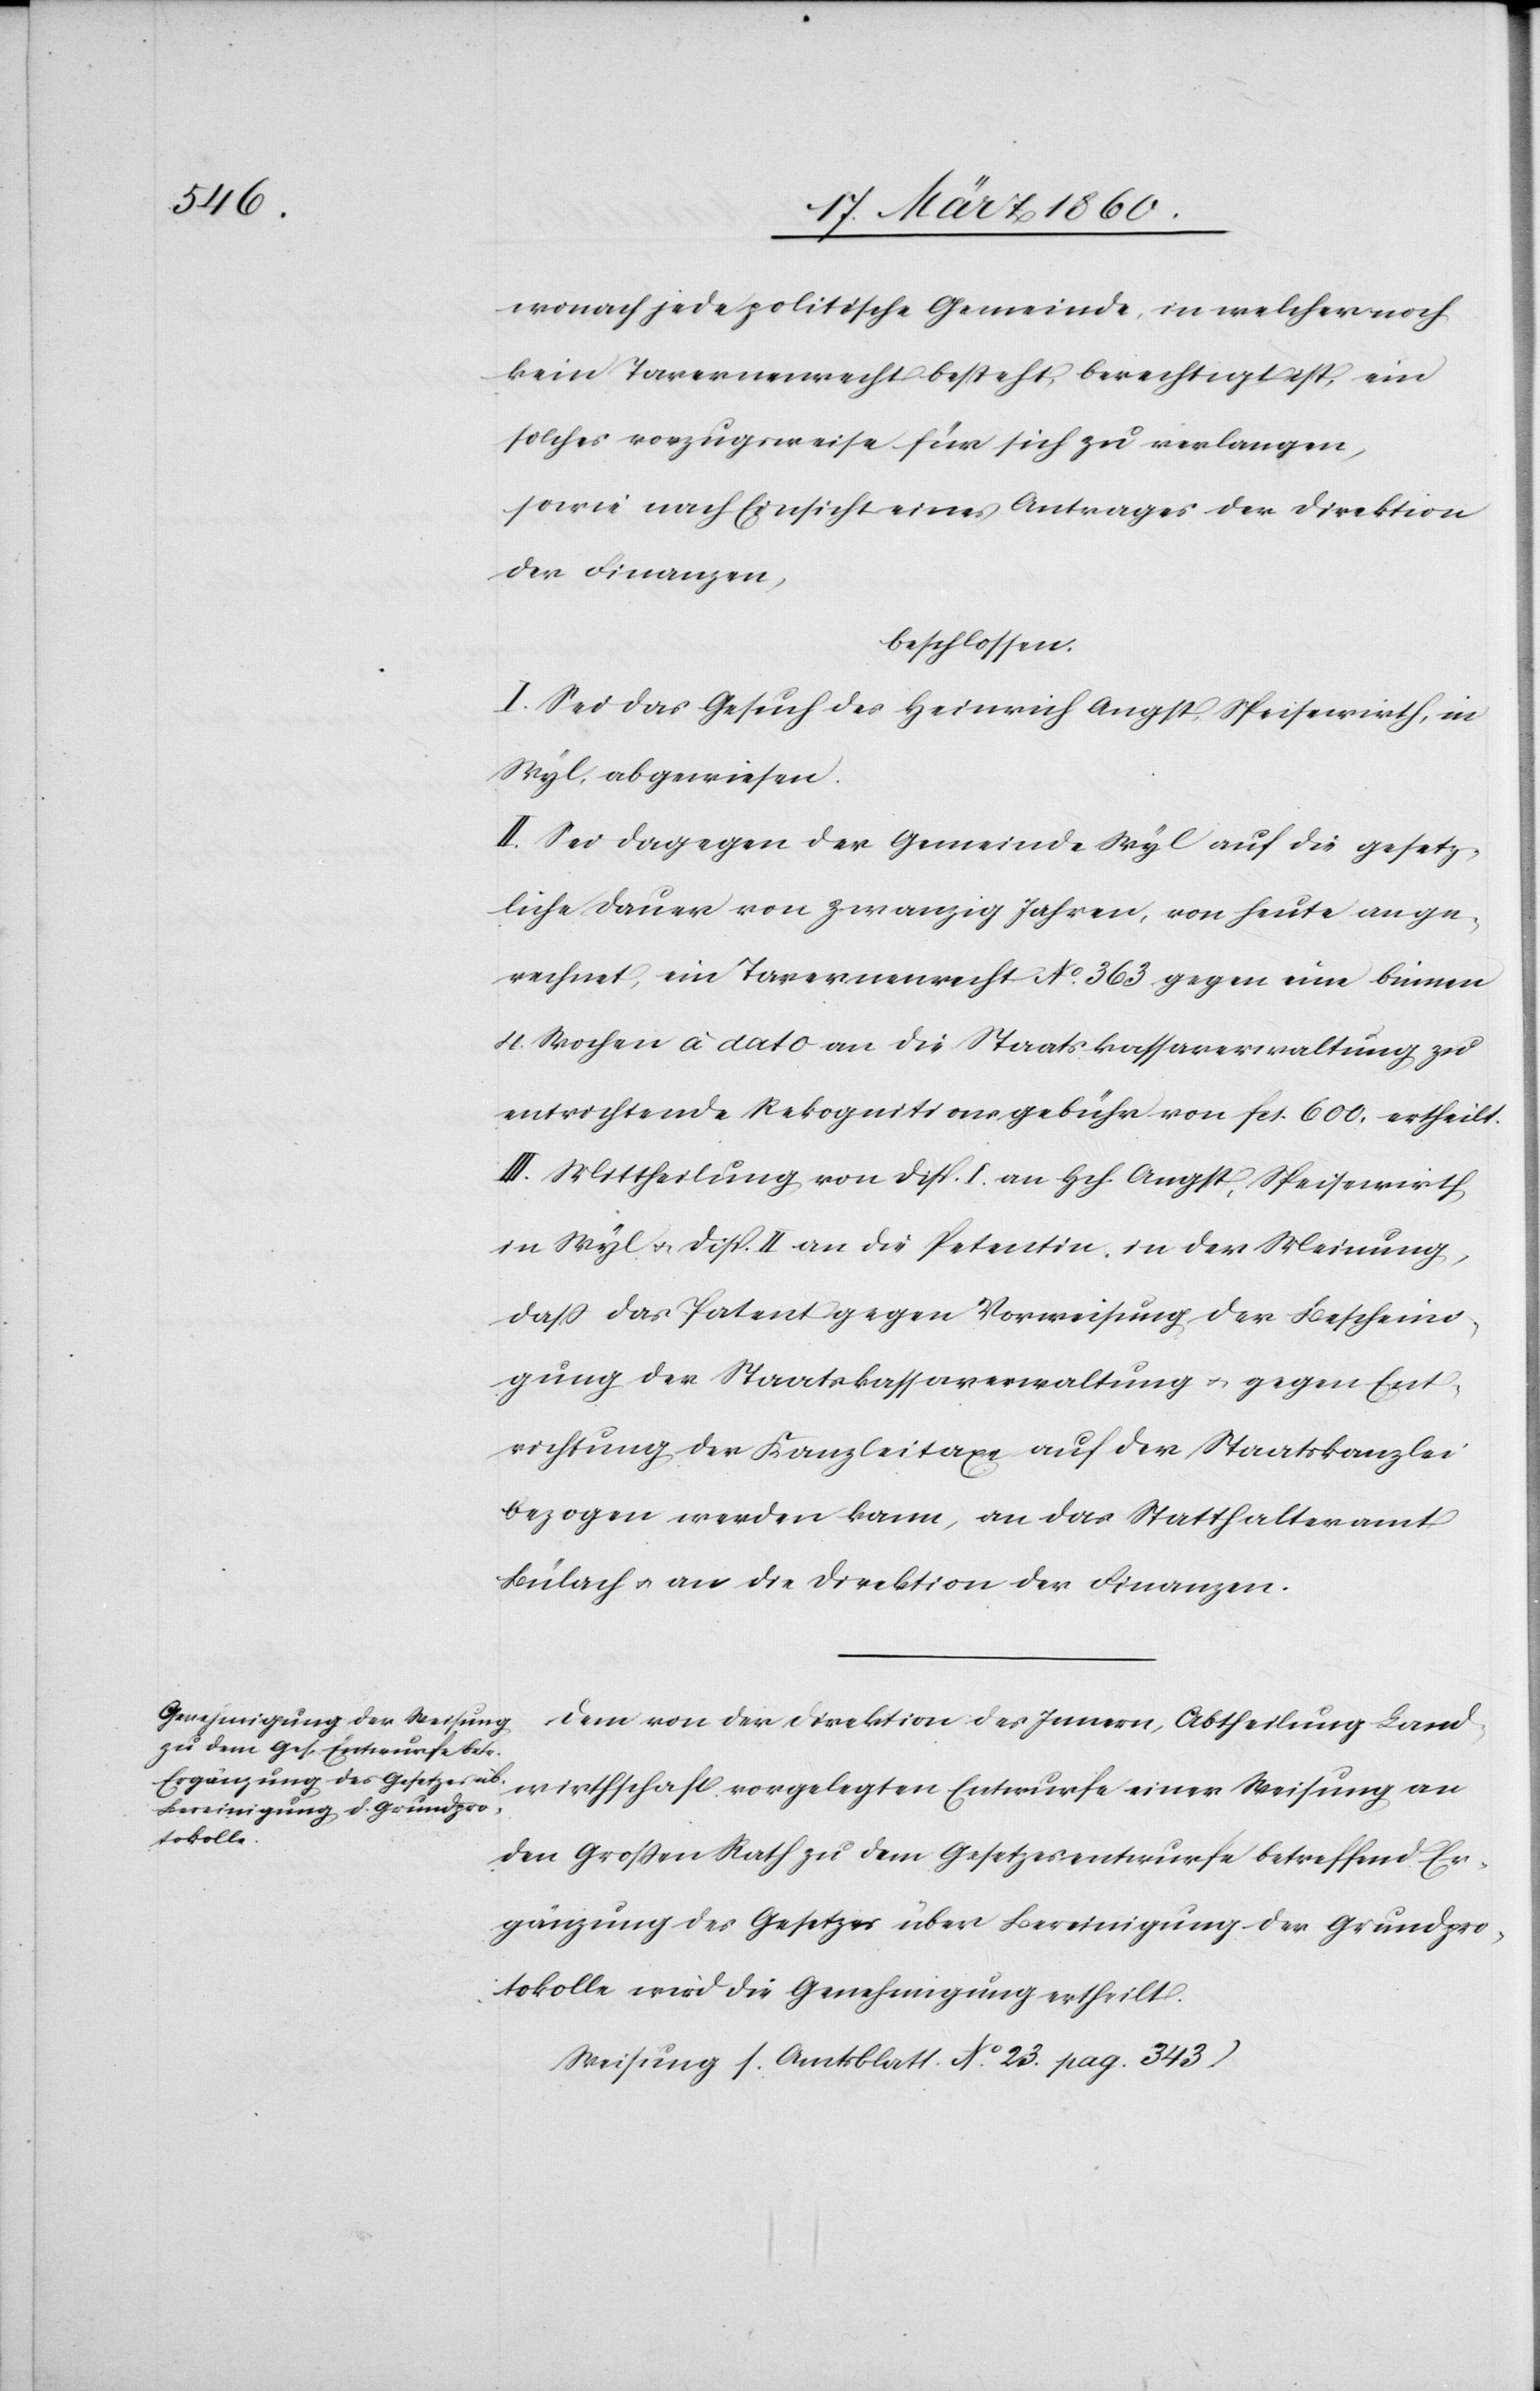
wonach jede politische Gemeinde, in welcher noch
kein Tavernenrecht besteht, berechtigt ist, ein
solches vorzugsweise für sich zu verlangen,
sowie nach Einsichte eines Antrages der Direktion
der Finanzen,
beschlossen:
I. Sei das Gesuch des Heinrich Angst, Speisewirth, in
Wyl, abgewiesen.
II. Sei dagegen der Gemeinde Wyl auf die gesetz¬
liche Dauer von Zwanzig Jahren, von heute an ge¬
rechnet, ein Tavernenrecht No 363 gegen eine binnen
4 Wochen à dato an die Staatskassaverwaltung zu
entrichtende Rekognitionsgebühr von fcs. 600. ertheilt.
III. Mittheilung von Disp. I. an Hch. Angst, Speisewirth,
in Wyl u. Disp. II. an die Petentin, in der Meinung,
dass das Patent gegen Vorweisung der Bescheini¬
gung der Staatskassaverwaltung u. gegen Ent¬
richtung der Kanzleitaxe auf der Staatskanzlei
bezogen werden kann, an das Statthalteramt
Bülach u. an die Direktion der Finanzen.
Dem von der Direktion des Innern, Abtheilung Land¬
wirthschaft vorgelegten Entwurfe einer Weisung an
den Grossen Rath zu dem Gesetzesentwurfe betreffend Er¬
gänzung des Gesetzes über Bereinigung der Grundpro¬
tokolle wird die Genehmigung ertheilt.
Weisung [Amtsblatt No 23. pag. 343]